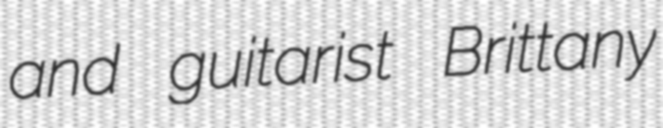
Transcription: and guitarist Brittany